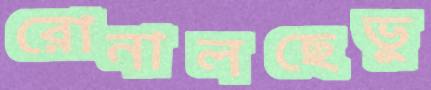
রোনালছেভু